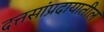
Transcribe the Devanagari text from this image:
दत्तसांप्रदायातील